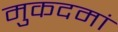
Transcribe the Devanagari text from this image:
मुकदमां